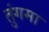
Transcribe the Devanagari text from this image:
तुंगमा